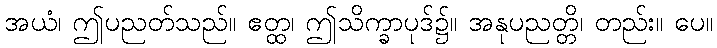
အယံ၊ ဤပညတ်သည်။ ဧတ္ထ၊ ဤသိက္ခာပုဒ်၌။ အနုပညတ္တိ၊ တည်း။ ပေ။